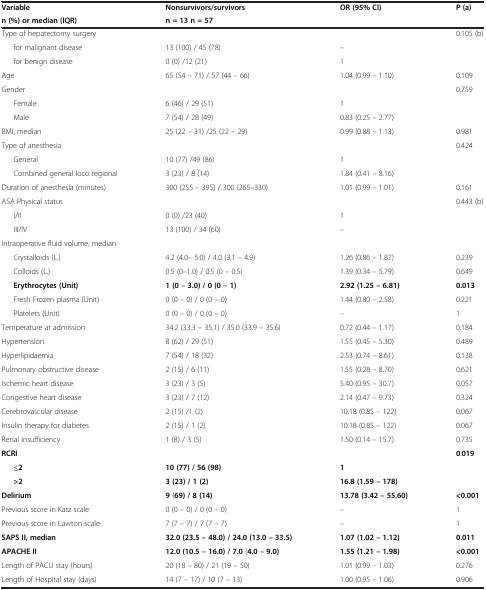
<table><thead><tr><td><b>Variable</b></td><td><b>Nonsurvivors/survivors</b></td><td><b>OR(95%CI)</b></td><td><b>P(a)</b></td></tr><tr><td><b>n (%)or median(IQR)</b></td><td><b>n =13 n =57</b></td><td><b> </b></td><td><b> </b></td></tr></thead><tbody><tr><td>Type of hepatectomy surgery</td><td> </td><td> </td><td>0.105 (b)</td></tr><tr><td>for malignant disease</td><td>13 (100) / 45 (78)</td><td>–</td><td> </td></tr><tr><td>for benign disease</td><td>0 (0) /12 (21)</td><td>1</td><td> </td></tr><tr><td>Age</td><td>65 (54 – 71) / 57 (44 – 66)</td><td>1.04 (0.99 – 1.10)</td><td>0.109</td></tr><tr><td>Gender</td><td> </td><td> </td><td>0.759</td></tr><tr><td>Female</td><td>6 (46) / 29 (51)</td><td>1</td><td> </td></tr><tr><td>Male</td><td>7 (54) / 28 (49)</td><td>0.83 (0.25 – 2.77)</td><td> </td></tr><tr><td>BMI, median</td><td>25 (22 – 31) /25 (22 – 29)</td><td>0.99 (0.88 – 1.13)</td><td>0.981</td></tr><tr><td>Type of anesthesia</td><td> </td><td> </td><td>0.424</td></tr><tr><td>General</td><td>10 (77) /49 (86)</td><td>1</td><td> </td></tr><tr><td>Combined general loco regional</td><td>3 (23) / 8 (14)</td><td>1.84 (0.41 – 8.16)</td><td> </td></tr><tr><td>Duration of anesthesia (minutes)</td><td>300 (255 – 395) / 300 (265–330)</td><td>1.01 (0.99 – 1.01)</td><td>0.161</td></tr><tr><td>ASA Physical status</td><td> </td><td> </td><td>0.443 (b)</td></tr><tr><td>I/II</td><td>0 (0) /23 (40)</td><td>1</td><td> </td></tr><tr><td>III/IV</td><td>13 (100) / 34 (60)</td><td>–</td><td> </td></tr><tr><td>Intraoperative fluid volume, median</td><td> </td><td> </td><td> </td></tr><tr><td>Crystalloids (L.)</td><td>4.2 (4.0– 5.0) / 4.0 (3.1 – 4.9)</td><td>1.26 (0.86 – 1.87)</td><td>0.239</td></tr><tr><td>Colloids (L.)</td><td>0.5 (0–1.0) / 0.5 (0 – 0.5)</td><td>1.39 (0.34 – 5.79)</td><td>0.649</td></tr><tr><td><b>Erythrocytes</b><b>(Unit)</b></td><td><b>1</b><b>(0 –</b><b> 3.</b><b>0) /</b><b>0</b><b>(0</b><b>–</b><b>1)</b></td><td><b>2.</b><b>92</b><b>(1.</b><b>25</b><b>–</b><b>6.</b><b>81)</b></td><td><b>0.</b><b>013</b></td></tr><tr><td>Fresh Frozen plasma (Unit)</td><td>0 (0 – 0) / 0 (0 – 0)</td><td>1.44 (0.80 – 2.58)</td><td>0.221</td></tr><tr><td>Platelets (Unit)</td><td>0 (0 – 0) / 0 (0 – 0)</td><td>–</td><td>1</td></tr><tr><td>Temperature at admission</td><td>34.2 (33.3 – 35.1) / 35.0 (33.9 – 35.6)</td><td>0.72 (0.44 – 1.17)</td><td>0.184</td></tr><tr><td>Hypertension</td><td>8 (62) / 29 (51)</td><td>1.55 (0.45 – 5.30)</td><td>0.489</td></tr><tr><td>Hyperlipidaemia</td><td>7 (54) / 18 (32)</td><td>2.53 (0.74 – 8.61)</td><td>0.138</td></tr><tr><td>Pulmonary obstructive disease</td><td>2 (15) / 6 (11)</td><td>1.55 (0.28 – 8.70)</td><td>0.621</td></tr><tr><td>Ischemic heart disease</td><td>3 (23) / 3 (5)</td><td>5.40 (0.95 – 30.7)</td><td>0.057</td></tr><tr><td>Congestive heart disease</td><td>3 (23) / 7 (12)</td><td>2.14 (0.47 – 9.73)</td><td>0.324</td></tr><tr><td>Cerebrovascular disease</td><td>2 (15) /1 (2)</td><td>10.18 (0.85 – 122)</td><td>0.067</td></tr><tr><td>Insulin therapy for diabetes</td><td>2 (15) / 1 (2)</td><td>10.18 (0.85 – 122)</td><td>0.067</td></tr><tr><td>Renal insufficiency</td><td>1 (8) / 3 (5)</td><td>1.50 (0.14 – 15.7)</td><td>0.735</td></tr><tr><td><b>RCRI</b></td><td> </td><td> </td><td><b>0</b>.<b>019</b></td></tr><tr><td><b>≤2</b></td><td><b>10 </b><b>(77)</b><b>/</b><b>56</b><b>(</b><b>98</b><b>)</b></td><td><b>1</b></td><td> </td></tr><tr><td><b>&gt;2</b></td><td><b>3</b><b>(</b><b>23</b><b>) / </b><b>1</b><b>(</b><b>2</b><b>)</b></td><td><b>16</b><b>.</b><b>8</b><b>(</b><b>1</b><b>.</b><b>59</b><b>–</b><b>178</b><b>)</b></td><td> </td></tr><tr><td><b>Delirium</b></td><td><b>9</b> (<b>69</b><b>) /</b><b>8</b><b>(</b><b>14</b><b>)</b></td><td><b>13</b><b>.</b><b>78</b><b>(</b><b>3</b><b>.</b><b>42</b><b>–</b><b>55</b><b>.</b><b>60</b><b>)</b></td><td><b>&lt;</b><b>0</b><b>.</b><b>001</b></td></tr><tr><td>Previous score in Katz scale</td><td>0 (0 – 0) / 0 (0 – 0)</td><td>–</td><td>1</td></tr><tr><td>Previous score in Lawton scale</td><td>7 (7 – 7) / 7 (7 – 7)</td><td>–</td><td>1</td></tr><tr><td><b>SAPS II,</b><b>median</b></td><td><b>32</b><b>.</b><b>0</b><b>(</b><b>23</b><b>.</b><b>5</b><b>–</b><b>48</b><b>.</b><b>0</b><b>) / </b><b>24</b><b>.</b><b>0</b><b>(</b><b>13.</b><b>0</b><b>–</b><b>33</b><b>.</b><b>5</b><b>)</b></td><td><b>1.</b><b>07</b><b>(</b><b>1.</b><b>02</b><b>–</b><b>1</b><b>.</b><b>12</b><b>)</b></td><td><b>0</b><b>.</b><b>011</b></td></tr><tr><td><b>APACHE II</b></td><td><b>12</b><b>.</b><b>0</b><b>(</b><b>10.</b><b>5</b><b>–</b><b>16.</b><b>0</b><b>) /</b><b>7.</b><b>0</b> (<b>4.</b><b>0</b><b>–</b><b>9.</b><b>0)</b></td><td><b>1.</b><b>55</b><b>(</b><b>1.</b><b>21</b><b>–</b><b>1.</b><b>98)</b></td><td><b>&lt;0.</b><b>001</b></td></tr><tr><td>Length of PACU stay (hours)</td><td>20 (18 – 80) / 21 (19 – 50)</td><td>1.01 (0.99 – 1.03)</td><td>0.276</td></tr><tr><td>Length of Hospital stay (days)</td><td>14 (7 – 17) / 10 (7 – 13)</td><td>1.00 (0.95 – 1.06)</td><td>0.906</td></tr></tbody></table>